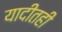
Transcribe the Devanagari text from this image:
यादीतही